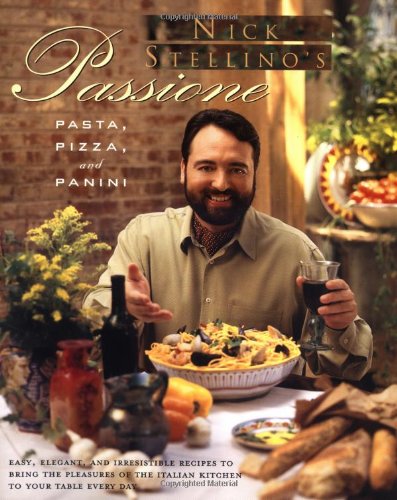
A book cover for Nick Stellino's Passione: Pizza, Pasta, and Panini; Nick Stellino; Cookbooks, Food & Wine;